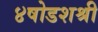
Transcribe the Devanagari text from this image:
४षोडशश्री